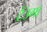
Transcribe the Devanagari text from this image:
टेंउगा